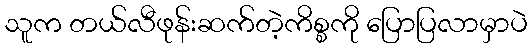
သူက တယ်လီဖုန်းဆက်တဲ့ကိစ္စကို ပြောပြလာမှာပဲ